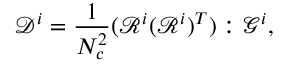
\mathcal { D } ^ { i } = \frac { 1 } { N _ { c } ^ { 2 } } ( \mathcal { R } ^ { i } ( \mathcal { R } ^ { i } ) ^ { T } ) : \mathcal { G } ^ { i } ,